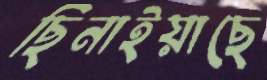
ছিনাইয়াছে